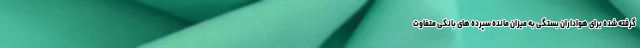
گرفته شده برای هواداران بستگی به میزان مانده سپرده های بانکی متفاوت